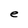
Character: e